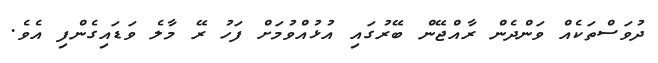
ދުވަސްތަކެއް ވަންދެން ރާއްޖޭން ބޭރުގައި އުޅުއްވުމަށް ފަހު ރޭ މާލެ ވަޑައިގެންފި އެވެ.